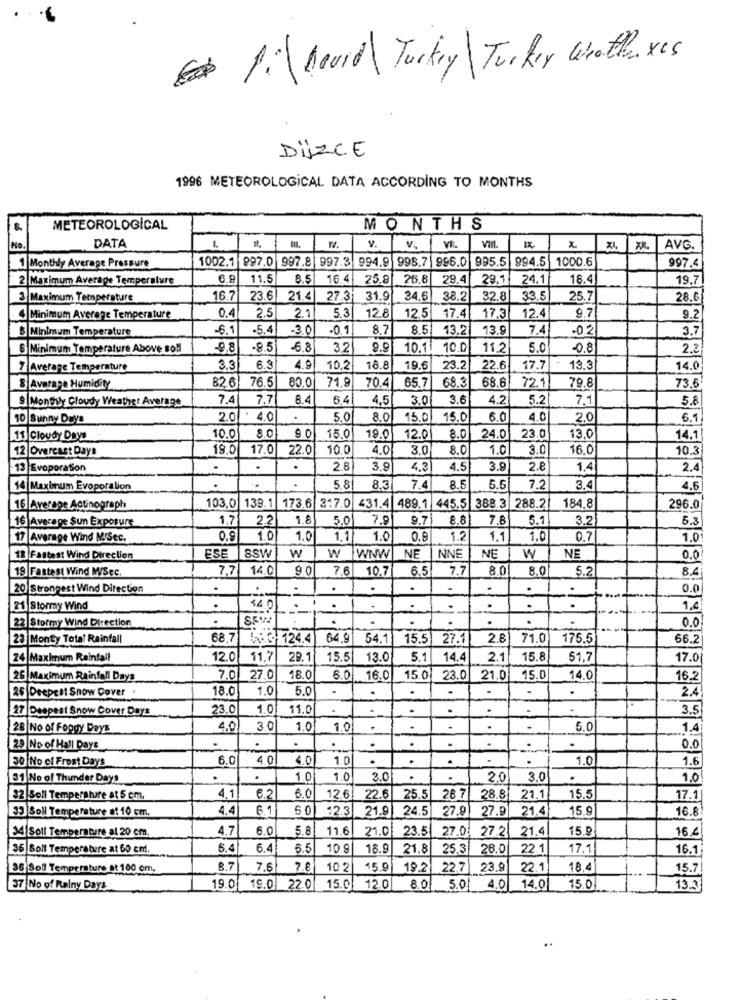
Pi Board Turkey Turkey Whatluxes
DÜZCE
1996 METEOROLOGICAL DATA ACCORDING TO MONTHS
METEOROLOGICAL
MONTHS
No
DATA
MV.
v.
v.
AVG.
1002.1 997.0 997.8 997.3 994.9
998.7 996.0 995.5 994.5
1000.6
997.4
1 Monthly Average Pressure
2 Maximum Average Temperature
6.5
11.5
8.5
16.4
25.8
25.8
29.4
29.1
24.1
18.4
19.7
3 Maximum Temperature
16.7
23.6
21.4
27.3
31.9
24.6
38.2
32.8
33.5
25.7
28.6
0.4
5.3 12.8
9.7
Minimum Average Temperature
2.5 2.1
12.5 17.4
17.3
12.4
9.2
Minimum Temperature
-6.1
.5.4
-3.0
-0.1
8.7
8.51
13.2
13.9
7.4
-0 2
3.7
Minimum Temperature Above soll
9.8
.8.5
-6.8
32
10.1
10.0
11.2
5.0
08
2.2
7 Average Temperature
3.3
6.3
4.9
10.2
18.8
19.6
23.2
22.6
17.7
19.3
14.0
76.5
80.0
70.4
65.7
68.3
72.1
& Average Humidity
82.6
71.9
68.6
79.8
73.6
Monthy Cloudy Weather Average
7.4
7.7
8.4
6.4
4.5
3.0
3.6
4.2
5.2
7.1
5.8
10 Sunny Days
2.0
. 4.0
5.0
8.0
15.0
15. 0
6.0
4.0
2.0
6.1
8.0|
Cloudy Days
10.0
9.0
15.0
19.01
12.0
8.0
24.0
23.0
13.0
14.1
Overcast Days
19.0
17.0
22.0
10.0
4.0
3.0
8.0
1.0
3.0
16.0
10.3
BEvoporation
.
.
2.8
3.9
4.3
4,5
3.9
2.8
1,4
2.4
4|Maximum Evoporation
5.8
8.3
7.
8.5
5.5
7.2
3.4
4.6
6|Average Actinograph
103.0 139.1 173.6 2:7.0 431.4 489.1 445.5 388.3 288.2
184.8
296.0
&|Average Sun Exposure
1.7
2.2
1.8
5.01
7.9
9.71
8.8
7.8
5.1
3.2
5.3
7|Average Wind M/Sec.
0.9
1.0
1.0
1,1
1.0
0.8
1.2
1.1
1.0
0.7
1.0
NE
NE
18 Fastest Wind Direction
ESE SSW
w
W WNW
NE | NNE
W
0.0
9 Fastest Wind M/Sec,
7.7 14.0
9.0
7.6
10.7
6.5
7.7
8.0
8.0
5.2
8.4
O Strongest Wind Direction
.
.
.
0.0
1 Stormy Wind
.
1,4
Stormy Wind Direction
..
0.0
Monty Total Rainfall
68.7
W&G124.4
64.9
54.1 15.5 27.1
2.8 71.0
175.5
66.2
Maximum Rainfall
12.0
11.7|
29.1
15.5
13.0
5.1
14.4
2.1
15.8
51,7
17.0
Maximum Rainfall Days
7.0
27.0 18.0
6.0
16.0
15.0
23.0
21.0 15.0
14.0
16.2
Deepest Snow Cover .
18.0
1.0
5.0
.
.
.
2.4
27 |Deepest Snow Cover Days
23.0
1.0
11.0
.
3.5
28 |No of Foody Days
4.0
3.0
1.0
1.0
5.0
1.4
29 No of Hall Days
.
0.0
30 No of Frost Days
6.0
4.01
4.0
1.0
.
1.0
1.6
31 No of Thunder Days
.
1.0
1.0
2.01
2.0
3.0
1.0
4.1
32 Soll Temperature at 5 cm.
6.0
12.6
22.6
25.5
26 7
28.8
21.1
15.5
17.1
4.4
6.1
50
12.3
21.9 24.5
27.9
27.9
21.4
15.9
16.8!
33 Soll Temperature at 10 cm.
4.7
6.0
5.8
11.6
21.0
23.5
27.0
27.2
21.4
15.9
16.4
34 Soll Temperature al 20 cm.
35 Soll Temperature at 60 cm.
6.4
6.4
5.5
10.9
18.9
21.8
25.3
26.0
22.1
17.
16.1
36 Soll Temperature at 100 cm.
8.7
7.6 7.8
10.2
15.0
19.2
22.7
23.9
22.1
18.4
15.7
37 No of Ralny Days
19.01
19.0 22.0 15.0
12.0 8.0
5.0 4.0
14.0
15.0
13.3